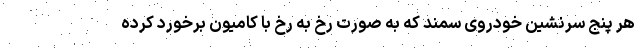
هر پنج سرنشین خودروی سمند که به صورت رخ به رخ با کامیون برخورد کرده